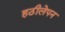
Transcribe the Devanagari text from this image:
हठीलेपन